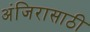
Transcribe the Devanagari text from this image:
अंजिरासाठी